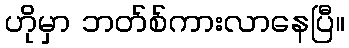
ဟိုမှာ ဘတ်စ်ကားလာနေပြီ။